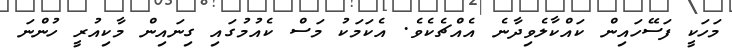
މަހަކީ ފަސޭހައިން ކައްކާލެވިދާނެ އެއްޗެކެވެ. އެކަމަކު މަސް ކެއުމުގައި ގިނައިން މާކިއުރީ ހުންނަ